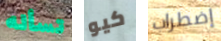
تسأله كيو إضطراب